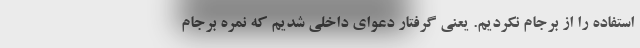
استفاده را از برجام نکردیم. یعنی گرفتار دعوای داخلی شدیم که نمره برجام